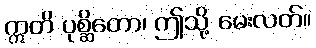
ဣတိ ပုစ္ဆိတော၊ ဤသို့ မေးလတ်။